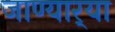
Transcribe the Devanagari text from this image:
जाण्यार्‍या